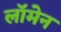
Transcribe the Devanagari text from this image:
लॉमेन